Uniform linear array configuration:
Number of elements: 64
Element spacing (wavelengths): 0.75
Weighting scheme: hamming
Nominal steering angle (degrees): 60
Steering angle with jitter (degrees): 60.031
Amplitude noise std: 0.05
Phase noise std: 0.05

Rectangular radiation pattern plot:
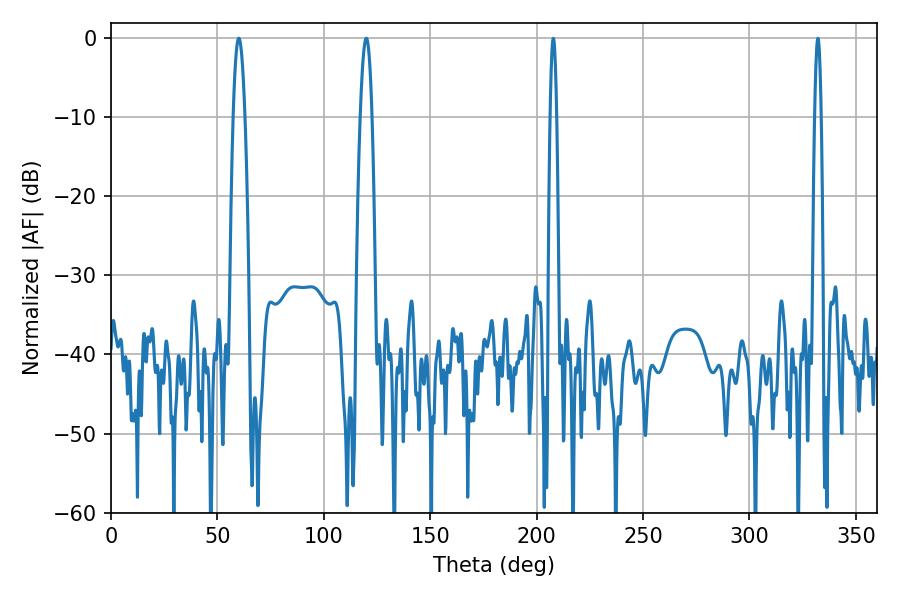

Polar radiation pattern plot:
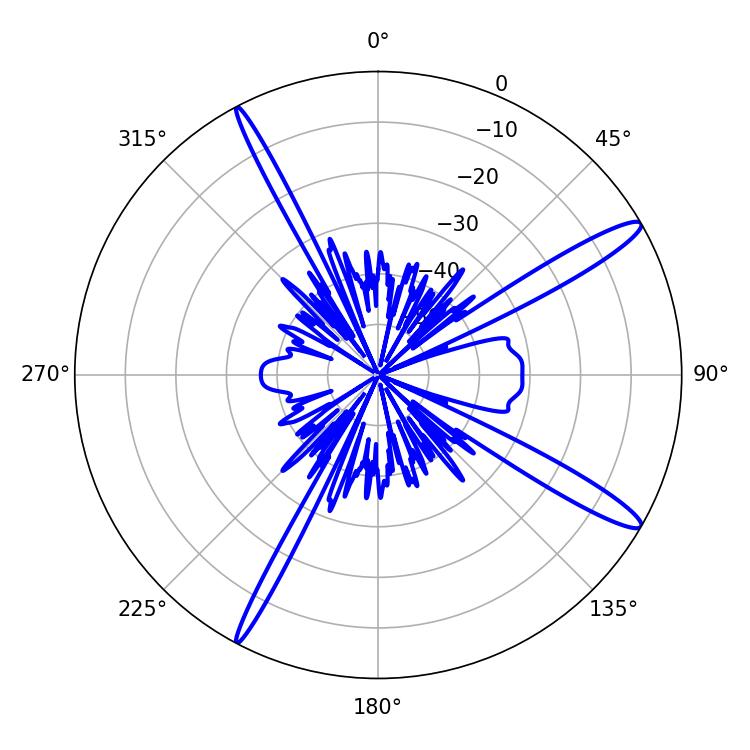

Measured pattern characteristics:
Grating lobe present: TRUE
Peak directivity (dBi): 14.548
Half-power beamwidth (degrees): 3.06
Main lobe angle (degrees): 60.12